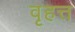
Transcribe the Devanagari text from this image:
वृहत्त